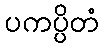
ပကပ္ပိတံ